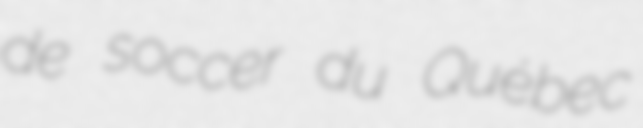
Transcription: de soccer du Québec